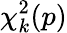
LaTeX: \chi_{k}^{2}(p)